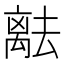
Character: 𬓞